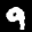
Label: 9